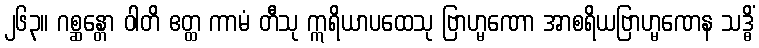
၂၆၃။ ဂစ္ဆန္တော ဝါတိ ဧတ္ထ ကာမံ တီသု ဣရိယာပထေသု ဗြာဟ္မဏော အာစရိယဗြာဟ္မဏေန သဒ္ဓိံ